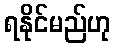
ရနိုင်မည်ဟု